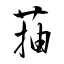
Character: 菗